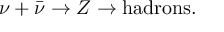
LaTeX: \nu + { \bar { \nu } } \to Z \to { \mathrm { h a d r o n s } } .